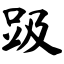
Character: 趿